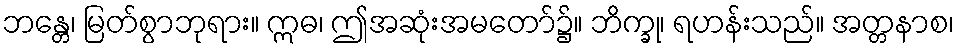
ဘန္တေ၊ မြတ်စွာဘုရား။ ဣဓ၊ ဤအဆုံးအမတော်၌။ ဘိက္ခု၊ ရဟန်းသည်။ အတ္တနာစ၊